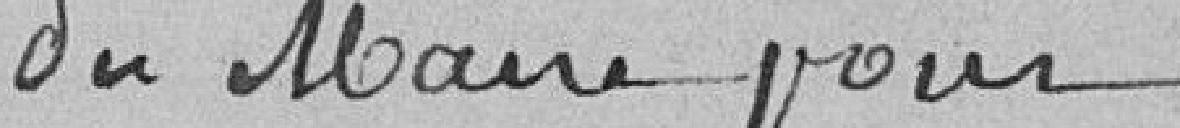
du Maire pour